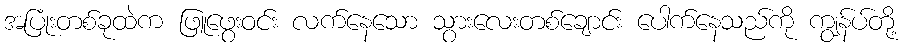
အပြုံးတစ်ခုထဲက ဖြူဖွေးဝင်း လက်နေသော သွားလေးတစ်ချောင်း ပေါက်နေသည်ကို ကျွန်ပ်တို့